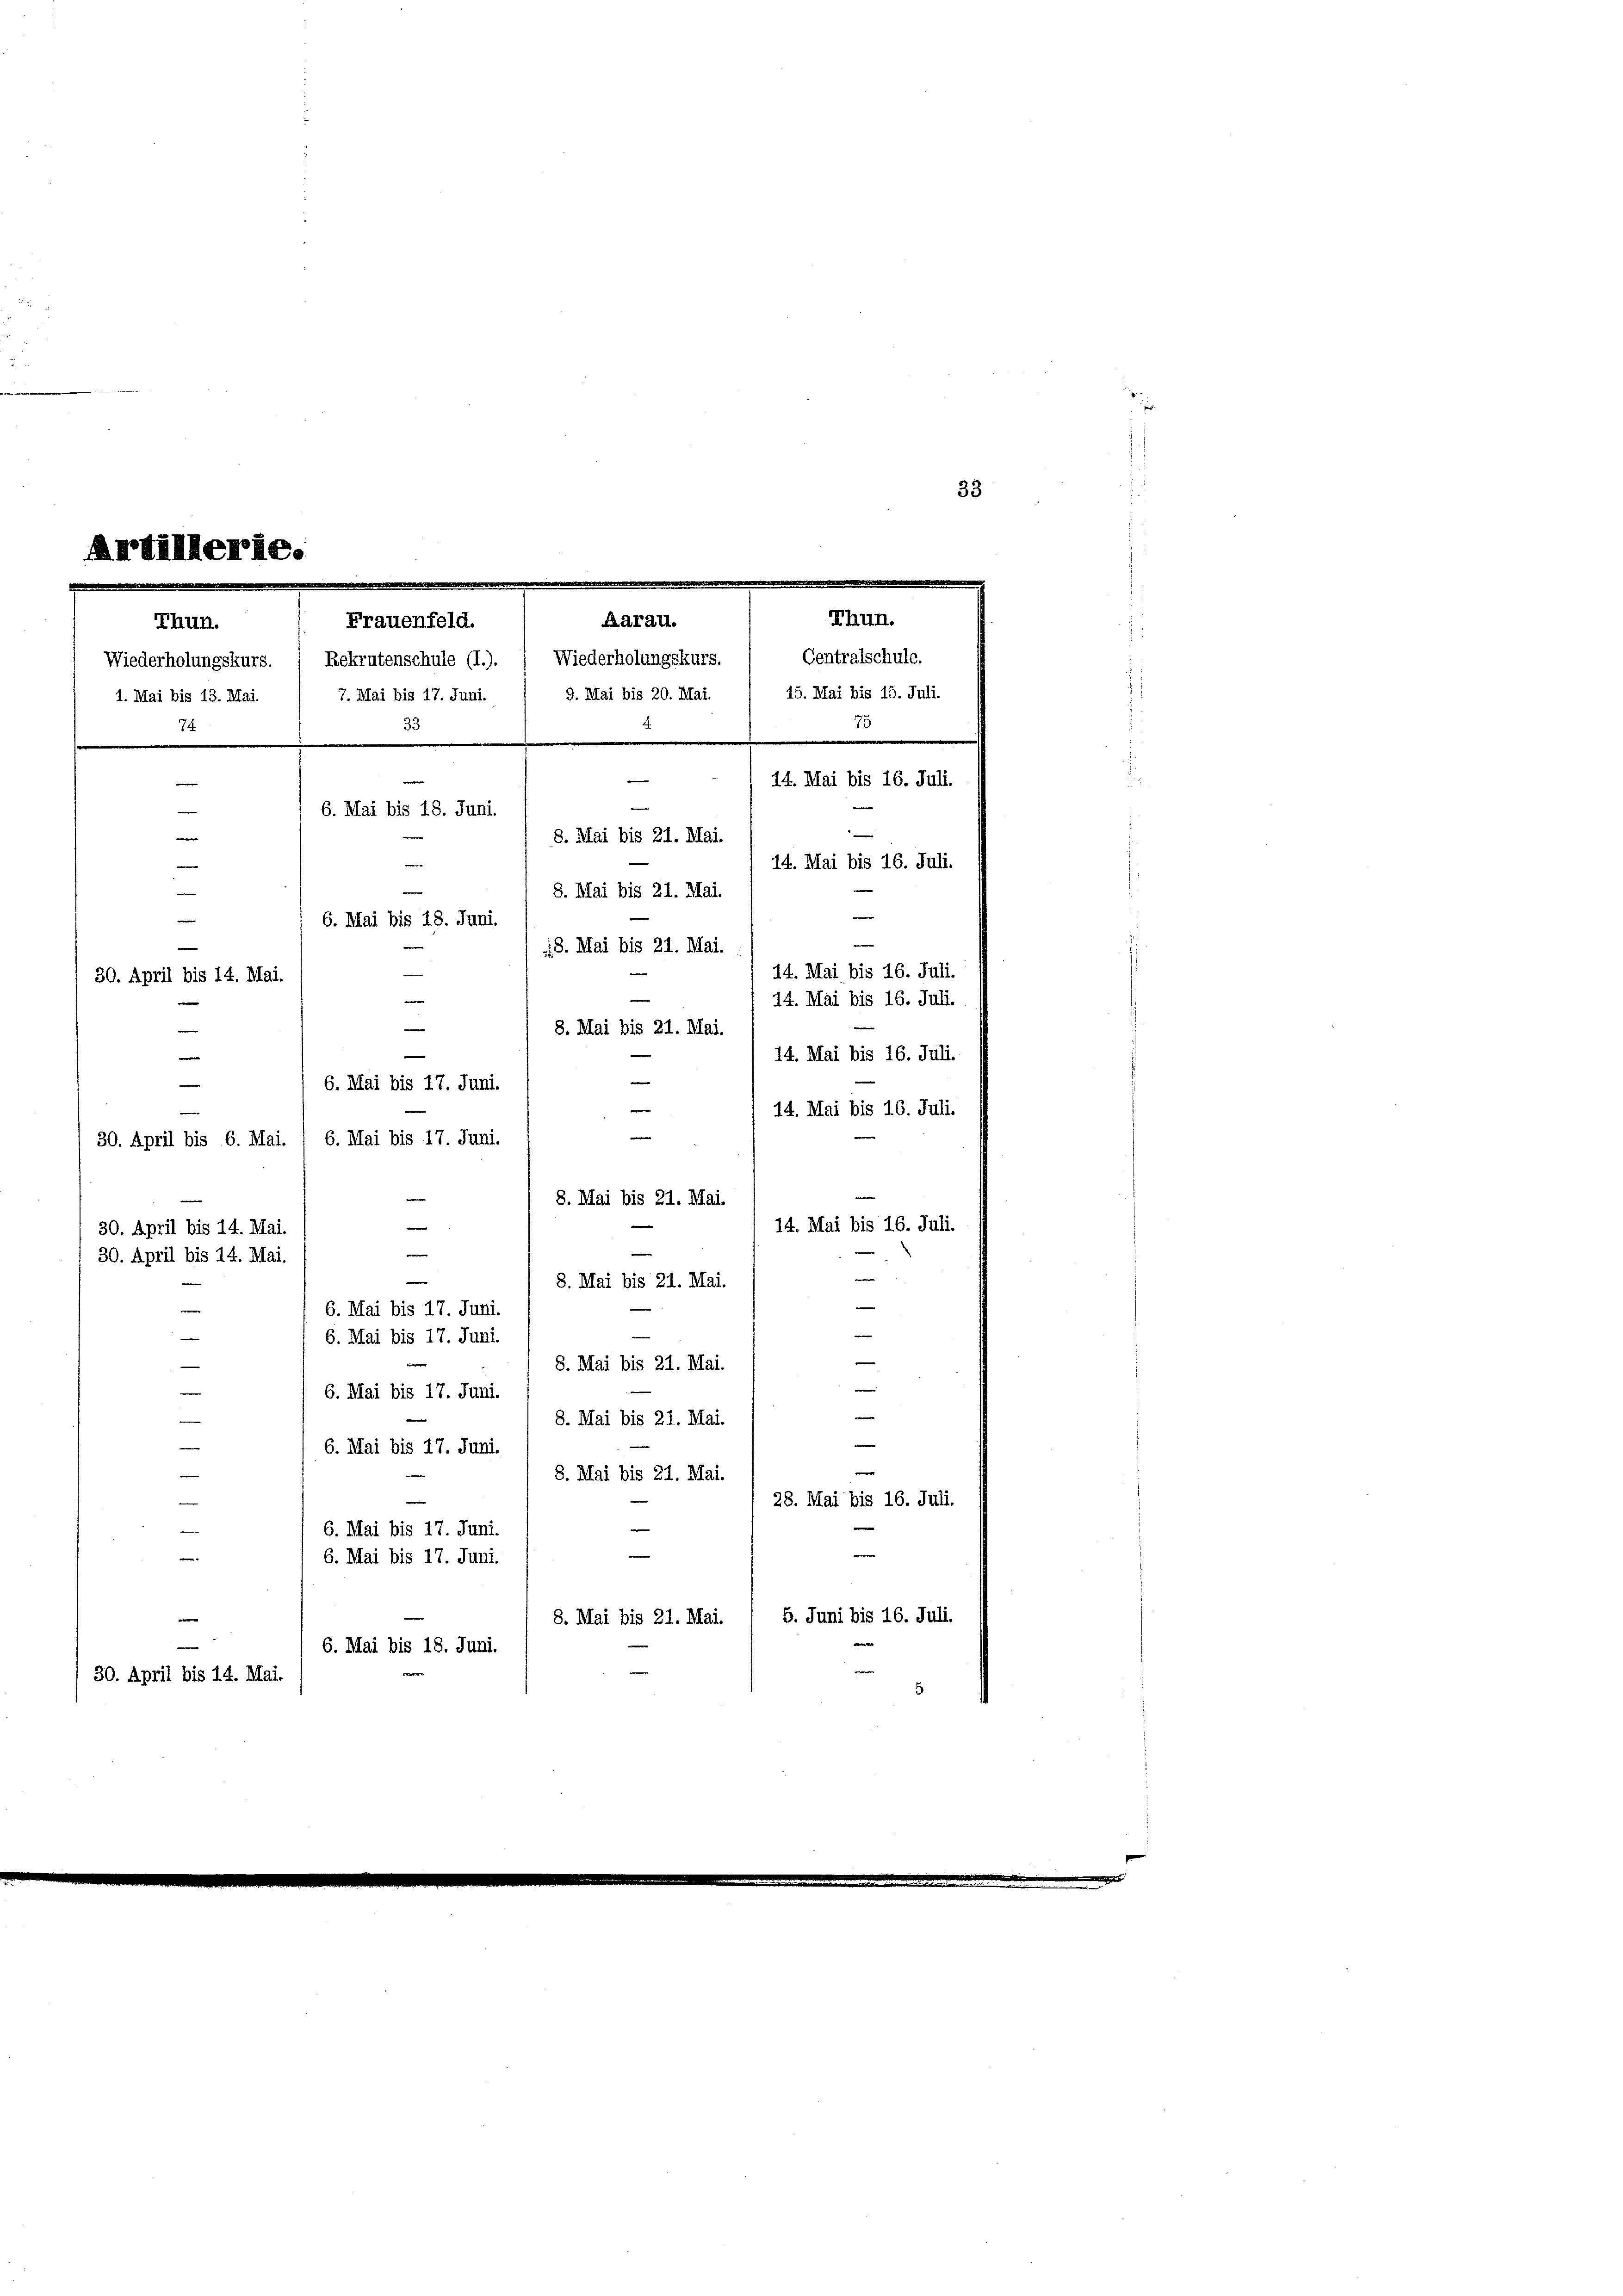
33

Thun.
74.
.
—
¬

Artillerie.
Thun.
Aarau.
Frauenfeld.
Wiederholungskurs. ( Rekrutenschule (I.). Wiederholungskurs.
1. Mai bis 13. Mai. / 7. Mai bis 17. Juni.
n

14. Mai bis 16. Juli.
6. Mai bis 18. Juni.
8. Mai bis 21. Mai.
14. Mai bis 16. Juli.
8. Mai bis 21. Mai.
¬
6. Mai bis 18. Juni.
—
28. Mai bis 21. Mai.
14. Mai bis 16. Juli.
e
30. April bis 14. Mai.
14. Mai bis 16. Juli.
2
e

8. Mai bis 21. Mai.
e
14. Mai bis 16. Juli.

6. Mai bis 17. Juni.
14. Mai bis 16. Juli.

6. Mai bis 17. Juni.
30. April bis 6. Mai.
8. Mai bis 21. Mai.
14. Mai bis 16. Juli.
e
30. April bis 14. Mai.
e
30. April bis 14. Mai.
8. Mai bis 21. Mai.
e
6. Mai bis 17. Juni.
—
—
6. Mai bis 17. Juni.
e
8. Mai bis 21. Mai.
—

6. Mai bis 17. Juni.

8. Mai bis 21. Mai.
|
e
6. Mai bis 17. Juni.
8. Mai bis 21. Mai.
28. Mai bis 16. Juli.
6. Mai bis 17. Juni.
e
6. Mai bis 17. Juni.
5. Juni bis 16. Juli.
8. Mai bis 21. Mai.
6. Mai bis 18. Juni.
30. April bis 14. Mai.

Centralschule.
9. Mai bis 20. Mai. / 15. Mai bis 15. Juli.
75